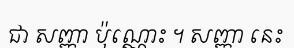
ជា សញ្ញា ប៉ុណ្ណោះ ។ សញ្ញា នេះ